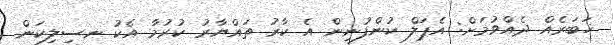
ޚަބަރެއް ދެއްވުމަށް: އެޕަލް ކުންފުނިން އެ ކާރު ތައްޔާރު ކުރުމާ އެކު ނސިލިކަން